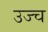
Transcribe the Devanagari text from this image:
उज्च